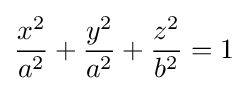
{x^{2} \over a^{2}}+{y^{2} \over a^{2}}+{z^{2} \over b^{2}}=1